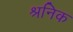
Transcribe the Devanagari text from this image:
श्रनिक